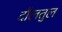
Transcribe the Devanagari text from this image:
दौलतुल